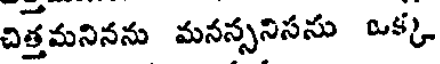
చిత్తమనినను మనన్సనిసను ఒక్క